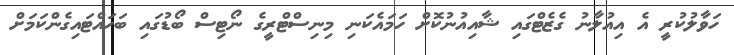
ހަވާލުކުރީ އެ އިއުލާނު ގެޒެޓްގައި ޝާއިއުނުކޮށް ހަމައެކަނި މިނިސްޓްރީގެ ނޯޓިސް ބޯޑުގައި ބަހައްޓައިގެންކަމަށް